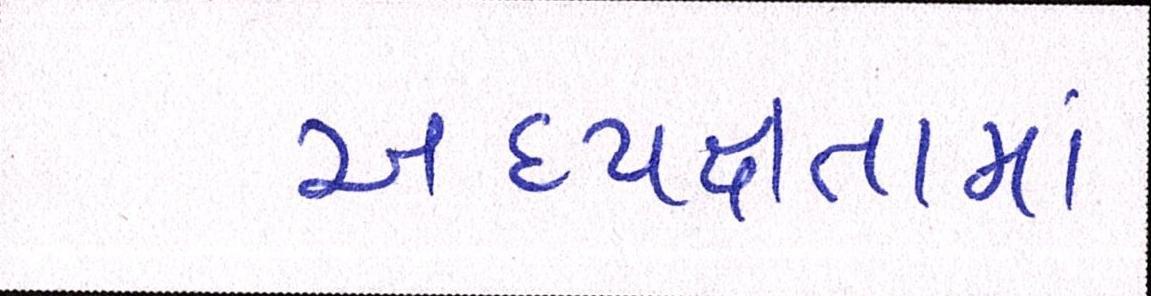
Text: અધ્યક્ષતામાં